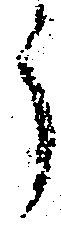
う